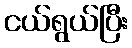
ငယ်ရွယ်ပြီး